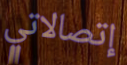
إتصالاتي